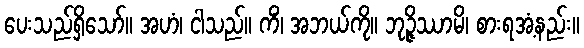
ပေးသည်ရှိသော်။ အဟံ၊ ငါသည်။ ကိံ၊ အဘယ်ကို။ ဘုဉ္ဇိဿာမိ၊ စားရအံ့နည်း။